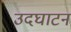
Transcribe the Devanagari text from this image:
उदघाटन